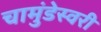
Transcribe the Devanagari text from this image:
चामुंडेस्वरी